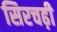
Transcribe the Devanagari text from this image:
सिरचढ़ी